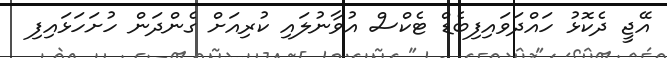
އޭޖީ ދެކޮޅު ހައްދަވައިފިބެޑް ޓެކްސް އުވާނުލައި ކުރިއަށް ގެންދަން ހުށަހަޅައިފި